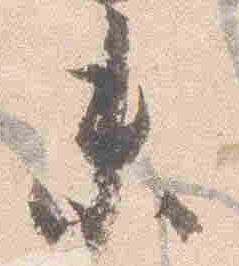
未